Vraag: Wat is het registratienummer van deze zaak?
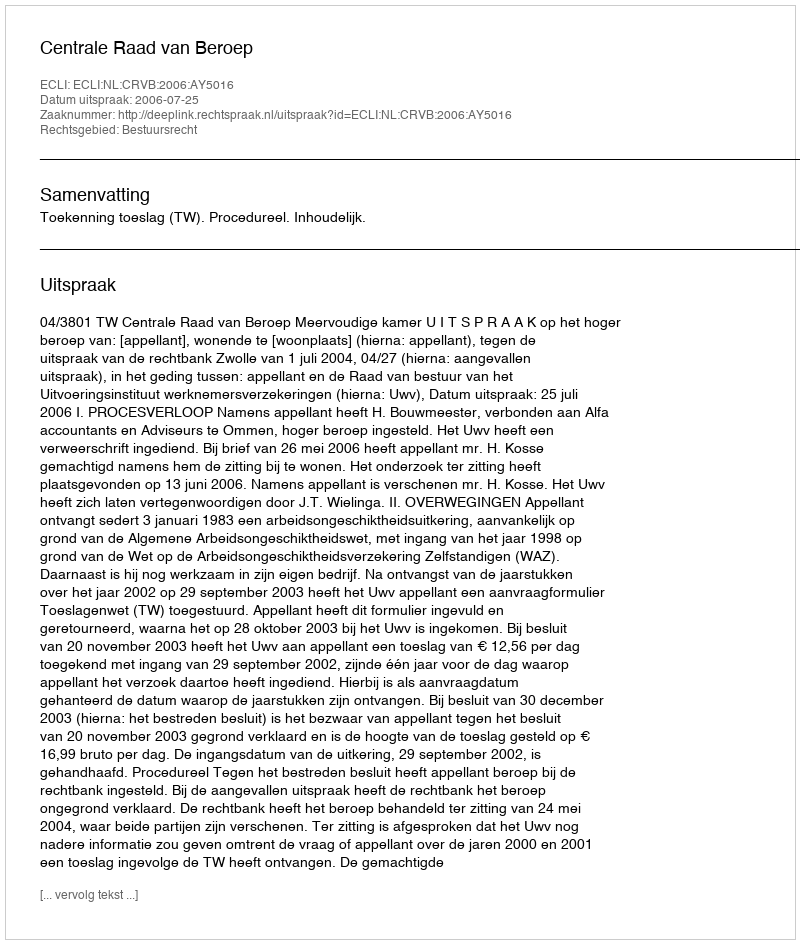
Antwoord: http://deeplink.rechtspraak.nl/uitspraak?id=ECLI:NL:CRVB:2006:AY5016